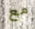
مع